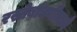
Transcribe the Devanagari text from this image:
रस्तेबांधणीमध्ये